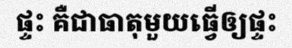
ផ្ទះ គឺជាធាតុមួយធ្វើឲ្យផ្ទះ